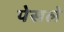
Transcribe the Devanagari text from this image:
पेसले